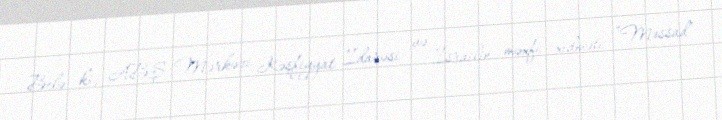
Belə ki, ABŞ Mərkəzi Kəşfiyyat İdarəsi və İsrailin məxfi xidməti “Mossad”